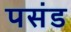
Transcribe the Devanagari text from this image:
पसंड